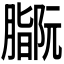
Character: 𫆻